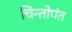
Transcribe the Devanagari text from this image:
चिन्तोपंत